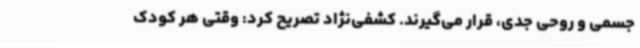
جسمی و روحی جدی، قرار می‌گیرند. کشفی‌نژاد تصریح کرد: وقتی هر کودک